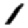
Digit: 1